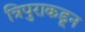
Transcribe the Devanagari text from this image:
त्रिपुराकडून